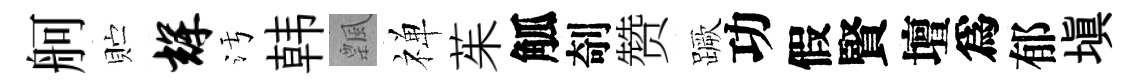
舸贮辉污韩飄禅茱觚剞赞蹶功假賢壇爲郁填